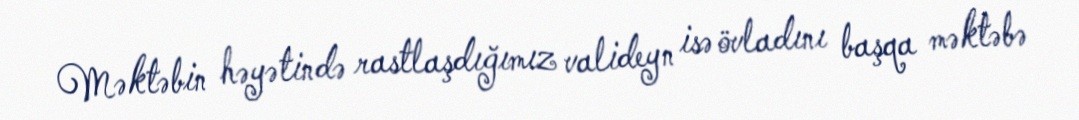
Məktəbin həyətində rastlaşdığımız valideyn isə övladını başqa məktəbə